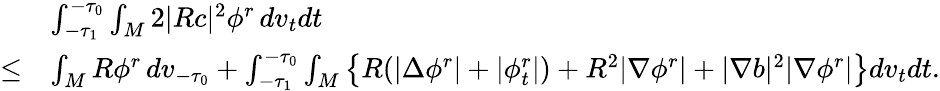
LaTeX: \begin{array}{rl}&{\int_{-\tau_{1}}^{-\tau_{0}}\int_{M}2|Rc|^{2}\phi^{r}\, dv_{t}dt}\\ {\le}&{\int_{M}R\phi^{r}\, dv_{-\tau_{0}}+\int_{-\tau_{1}}^{-\tau_{0}}\int_{M}\left\{ R(|\Delta\phi^{r}|+|\phi_{t}^{r}|)+R^{2}|\nabla\phi^{r}|+|\nabla b|^{2}|\nabla\phi^{r}|\right\} dv_{t}dt.}\end{array}